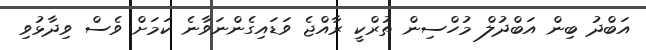
އަބްދު ބިން އަބްދުލް މުހްސިން ތުރްކީ ރާއްޖެ ވަޑައިގެންނަވާނެ ކަމަަށް ވެސް ވިދާޅުވި